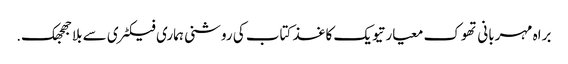
براہ مہربانی تھوک معیار تیویک کاغذ کتاب کی روشنی ہماری فیکٹری سے بلا جھجھک.